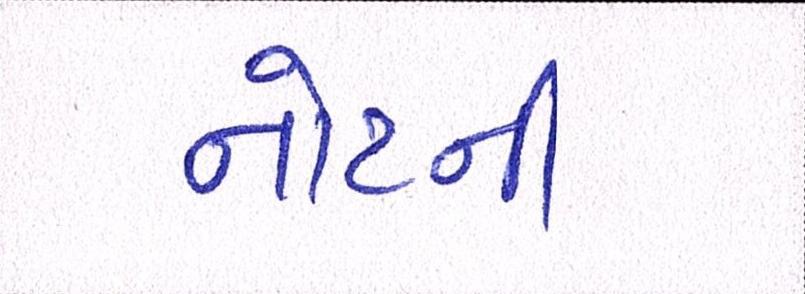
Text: નોટની